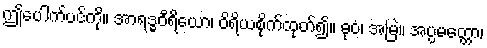
ဤပေါက်ပင်ကို။ အာရဒ္ဓဝီရိယော၊ ဝိရိယစိုက်ထုတ်၍။ ဓုဝံ၊ အမြဲ။ အပ္ပမတ္တော၊